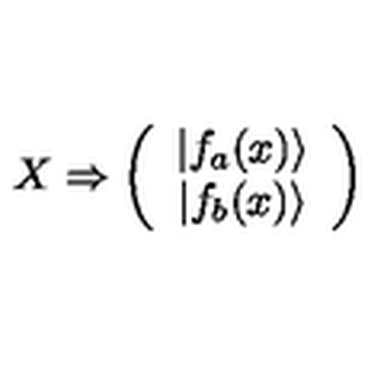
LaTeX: X \Rightarrow \left( \begin{array} { c } { \vert f _ { a } ( x ) \rangle } \\ { \vert f _ { b } ( x ) \rangle } \\ \end{array} \right)